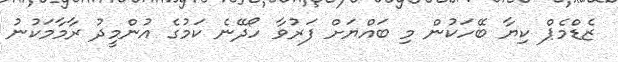
ޒެޑްމެޕް ކިޔާ ބޭހަކުން މި ބައްޔަށް ފަރުވާ ހޯދޭނެ ކަމުގެ އުންމީދު ރާމާމަކުނު